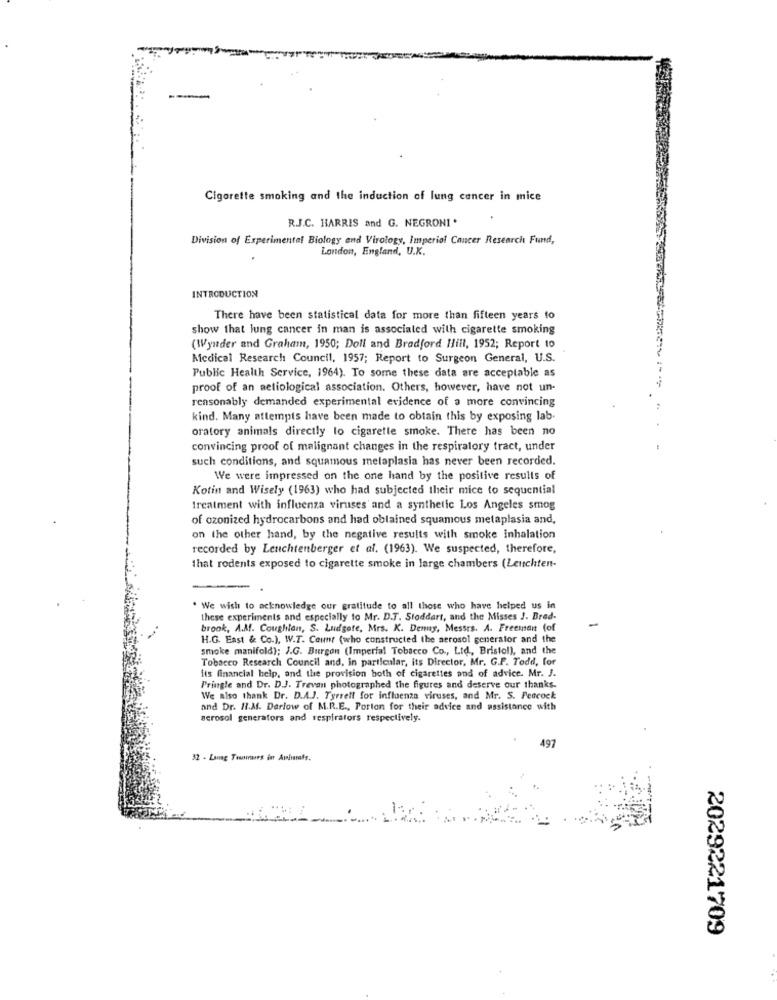
Cigarette smoking and the induction of lung cancer in mice
R.J.C. HARRIS and G. NEGRONI'
Division of Experimental Biology and Virology, Imperiof Cancer Research Fund,
London, England, U.K.
INTRODUCTION
There have been statistical data for more than fifteen years to
show that lung cancer in man is associated with cigarette smoking
(Wynder and Graham, 1950; Doll and Bradford Hill, 1952; Report to
Medical Research Council, 1957; Report to Surgeon General, U.S.
Public Health Service, 1964). To some these data are acceptable as
proof of an actiological association. Others, however, have not un-
reasonably demanded experimental evidence of a more convincing
kind. Many attempts have been made to obtain this by exposing lab-
oratory animals directly lo cigarette smoke. There has been no
convincing proof of malignant changes in the respiratory tract, under
such conditions, and squamous metaplasia has never been recorded.
We were impressed on the one hand by the positive results of
Kotin and Wisely (1963) who had subjected their mice to sequential
treatment with influenza viruses and a synthetic Los Angeles smog
of ozonized hydrocarbons and had obtained squamous metaplasia and,
on the other hand, by the negative results with smoke inhalation
recorded by Leuchtenberger et al. (1963). We suspected, therefore,
that rodents exposed to cigarette smoke in large chambers (Leuchten-
. We wish to acknowledge our gratitude to all those who have helped us in
these experiments and especially to Mr. D.T. Stoddart, and the Misses J. Bred-
-
brook, A.Af. Coughlan, S. Ludgate, Mrs. K. Deny, Messes. A. Freeman (of
H.G. East & Co.), W.T. Count (who constructed the aerosol generator and the
smoke manifold); J.G. Burgon (Imperial Tobacco Co ., Ltd ., Bristol), and the
Tobacco Research Council and, in particular, its Director, Mr. G.F. Tedd, for
its financial help, and the provision both of cigarettes and of advice. Mr. J.
Pringle and Dr. D.J. Trevan photographed the figures and deserve our thanks.
We also thank Dr. D.A.J. Tyrrell for influenza viruses, and Mr. S. Peacock
and Dr. H.Af. Darlow of M.R.E ., Porton for their advice and assistance with
aerosol generators and respirators respectively.
497
32 - Lang Trummurs in Avhurafs.
2029221709